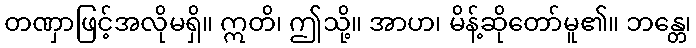
တဏှာဖြင့်အလိုမရှိ။ ဣတိ၊ ဤသို့။ အာဟ၊ မိန့်ဆိုတော်မူ၏။ ဘန္တေ၊